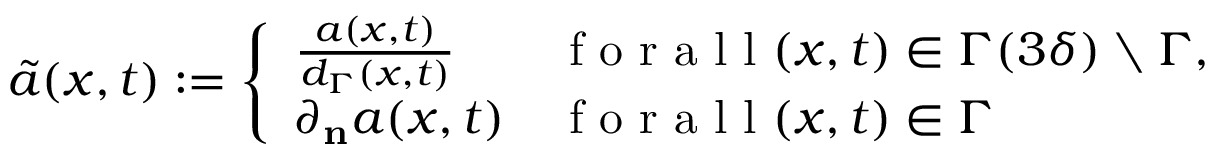
\tilde { a } ( x , t ) : = \left\{ \begin{array} { l l } { \frac { a ( x , t ) } { d _ { \Gamma } ( x , t ) } } & { \mathrm { ~ f ~ o ~ r ~ a ~ l ~ l ~ } ( x , t ) \in \Gamma ( 3 \delta ) \setminus \Gamma , } \\ { \partial _ { \mathbf { n } } a ( x , t ) } & { \mathrm { ~ f ~ o ~ r ~ a ~ l ~ l ~ } ( x , t ) \in \Gamma } \end{array} \right.